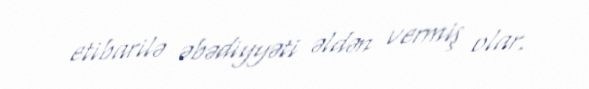
etibarilə əbədiyyəti əldən vermiş olar.